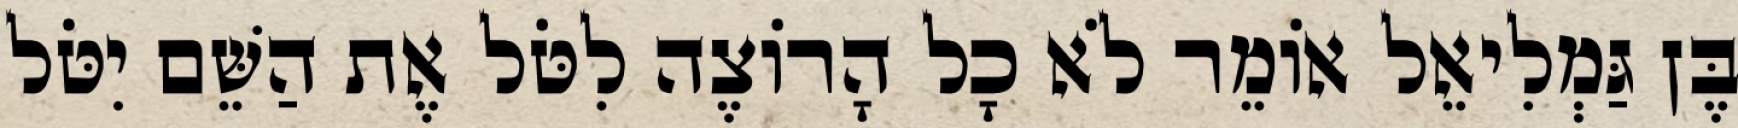
בֶּן גַּמְלִיאֵל אוֹמֵר לֹא כָל הָרוֹצֶה לִטֹּל אֶת הַשֵּׁם יִטֹּל